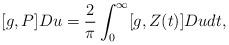
LaTeX: \begin{align*} [g, P] Du=\frac{2}{\pi} \int_0^{\infty} [g,Z(t)] Du dt,\end{align*}